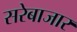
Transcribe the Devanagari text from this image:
सरेबाजार